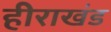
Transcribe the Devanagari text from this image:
हीराखंड